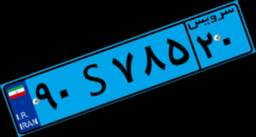
۹۰S۷۸۵۲۰